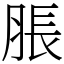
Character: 脹